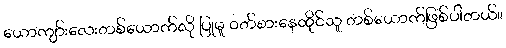
ယောကျာ်းလေးတစ်ယောက်လို ပြုမူ ၀တ်စားနေထိုင်သူ တစ်ယောက်ဖြစ်ပါတယ်။